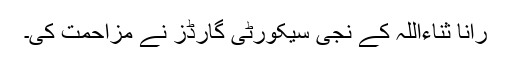
رانا ثناءاللہ کے نجی سیکورٹی گارڈز نے مزاحمت کی۔